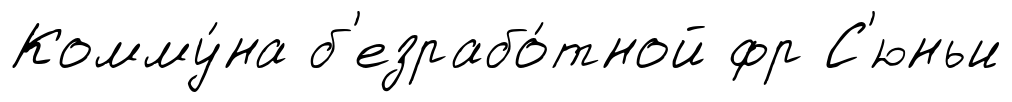
Комму́на б'езрабо́тной фр С'юньи